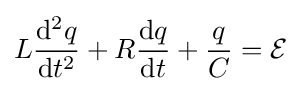
L{\mathrm {d} ^{2}q \over \mathrm {d} t^{2}}+R{\mathrm {d} q \over \mathrm {d} t}+{q \over C}={\mathcal {E}}\,\!